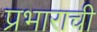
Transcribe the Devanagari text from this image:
प्रभाराची